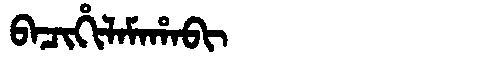
Manchu: ᠪᠠᠴᡳᡥᡳᠯᠠᠮᠠᡥᠠᠪᡳ
Romanization: BACIHILAMAHABI